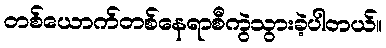
တစ်ယောက်တစ်နေရာစီကွဲသွားခဲ့ပါတယ်။